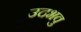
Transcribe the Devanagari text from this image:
उदभवु